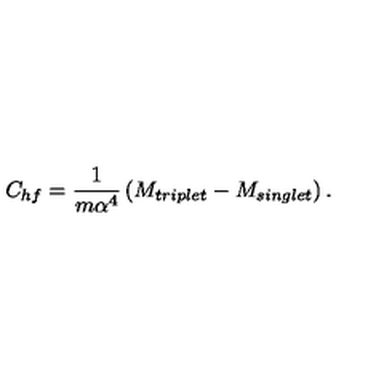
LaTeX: C _ { h f } = \frac { 1 } { m \alpha ^ { 4 } } \left( M _ { t r i p l e t } - M _ { s i n g l e t } \right) .